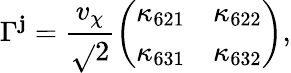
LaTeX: \Gamma^{\mathbf{j}}=\frac{{v_{\chi}}}{{\sqrt{}{2}}}\left(\begin{array}{cc}{{\kappa_{621}}}&{{\kappa_{622}}}\\ {{\kappa_{631}}}&{{\kappa_{632}}}\end{array}\right),